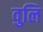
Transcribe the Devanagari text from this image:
वुलि